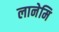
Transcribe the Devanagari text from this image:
लानेमि